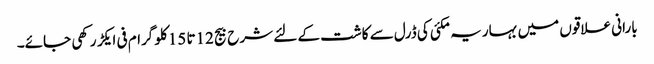
بارانی علاقوں میں بہاریہ مکئی کی ڈرل سے کاشت کے لئے شرح بیج 12تا 15کلو گرام فی ایکڑ رکھی جائے۔